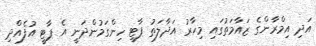
އަދި އިމްރާންގެ ޒައާމަތުގައި މިހާރު އަދާލަތު ޕާޓީ ހިންގަމުންދަނީ އެ ޕާޓީ އުފެއްދި